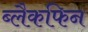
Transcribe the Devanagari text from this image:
ब्लैकफिन